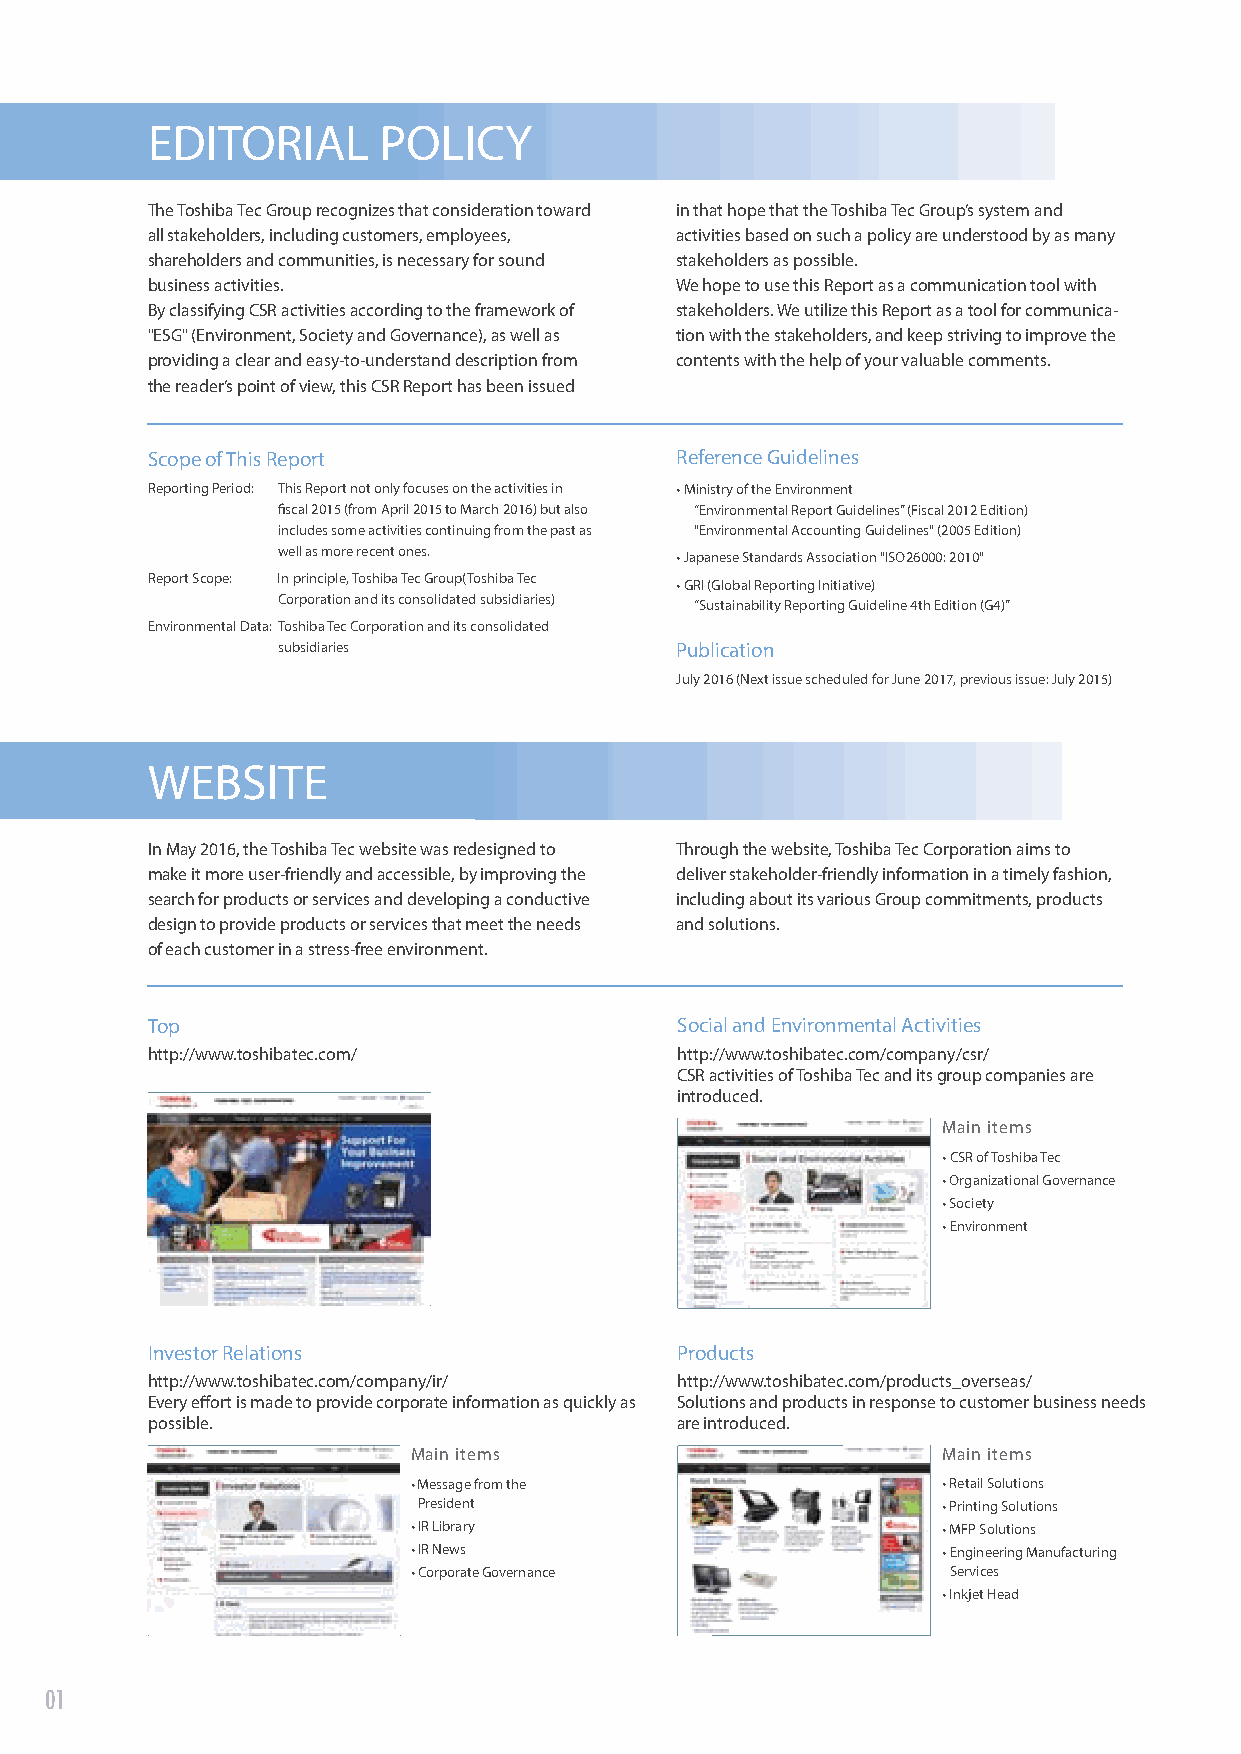
EDITORIAL      POLICY
 The Toshiba Tec Group recognizes that consideration toward in that hope that the Toshiba Tec Group’s system and
 all stakeholders, including customers, employees, activities based on such a policy are understood by as many
 shareholders and communities, is necessary for sound stakeholders as possible.
 business activities.               We hope to use this Report as a communication tool with
 By classifying CSR activities according to the framework of stakeholders. We utilize this Report as a tool for communica-
 "ESG" (Environment, Society and Governance), as well as tion with the stakeholders, and keep striving to improve the
 providing a clear and easy-to-understand description from contents with the help of your valuable comments.
 the reader’s point of view, this CSR Report has been issued
 Scope of This Report               Reference Guidelines
 Reporting Period: This Report not only focuses on the activities in • Ministry of the Environment
 fiscal 2015 (from April 2015 to March 2016) but also “Environmental Report Guidelines” (Fiscal 2012 Edition)
 includes some activities continuing from the past as "Environmental Accounting Guidelines" (2005 Edition)
 well as more recent ones.
 • Japanese Standards Association "ISO26000: 2010"
 Report Scope: In principle, Toshiba Tec Group(Toshiba Tec
 • GRI (Global Reporting Initiative)
 Corporation and its consolidated subsidiaries)
 “Sustainability Reporting Guideline 4th Edition (G4)”
 Environmental Data: Toshiba Tec Corporation and its consolidated
 subsidiaries               Publication
 July 2016 (Next issue scheduled for June 2017, previous issue: July 2015)
 WEBSITE
 In May 2016, the Toshiba Tec website was redesigned to Through the website, Toshiba Tec Corporation aims to
 make it more user-friendly and accessible, by improving the deliver stakeholder-friendly information in a timely fashion,
 search for products or services and developing a conductive including about its various Group commitments, products
 design to provide products or services that meet the needs and solutions.
 of each customer in a stress-free environment.
 Top                                Social and Environmental Activities
 http://www.toshibatec.com/         http://www.toshibatec.com/company/csr/
 CSR activities of Toshiba Tec and its group companies are
 introduced.
 Main items
 • CSR of Toshiba Tec
 • Organizational Governance
 • Society
 • Environment
 Investor Relations                 Products
 http://www.toshibatec.com/company/ir/ http://www.toshibatec.com/products_overseas/
 Every effort is made to provide corporate information as quickly as Solutions and products in response to customer business needs
 possible.                          are introduced.
 Main items                         Main items
 • Message from the                 • Retail Solutions
 President                         • Printing Solutions
 • IR Library                       • MFP Solutions
 • IR News                          • Engineering Manufacturing
 • Corporate Governance              Services
 • Inkjet Head
 01